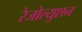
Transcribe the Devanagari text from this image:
रेजोल्युशन